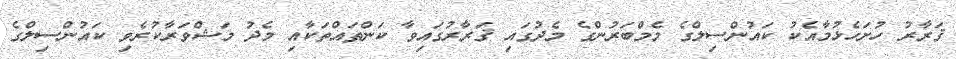
ޤަރާރު ހުށަހެޅުމާއެކު ކައުންސިލްގެ މެމްބަރުންގެ މެދުގައި ޤަރާރުގައިވާ ކަންތައްތަކާއި މެދު މަޝްވަރާކުރެވި ކައުންސިލްގެ